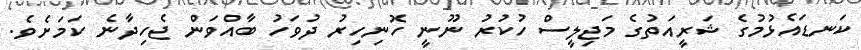
ކަނޑައެޅުމުގެ ޝަރީއަތުގެ މަޖިލީސް ހުކުރު ނޫނީ ހޮނިހިރު ދުވަހު ބާއްވަން ޖެހިދާނެ ކަމަށެވެ.